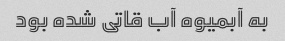
به آبمیوه آب قاتی شده بود